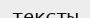
тексты